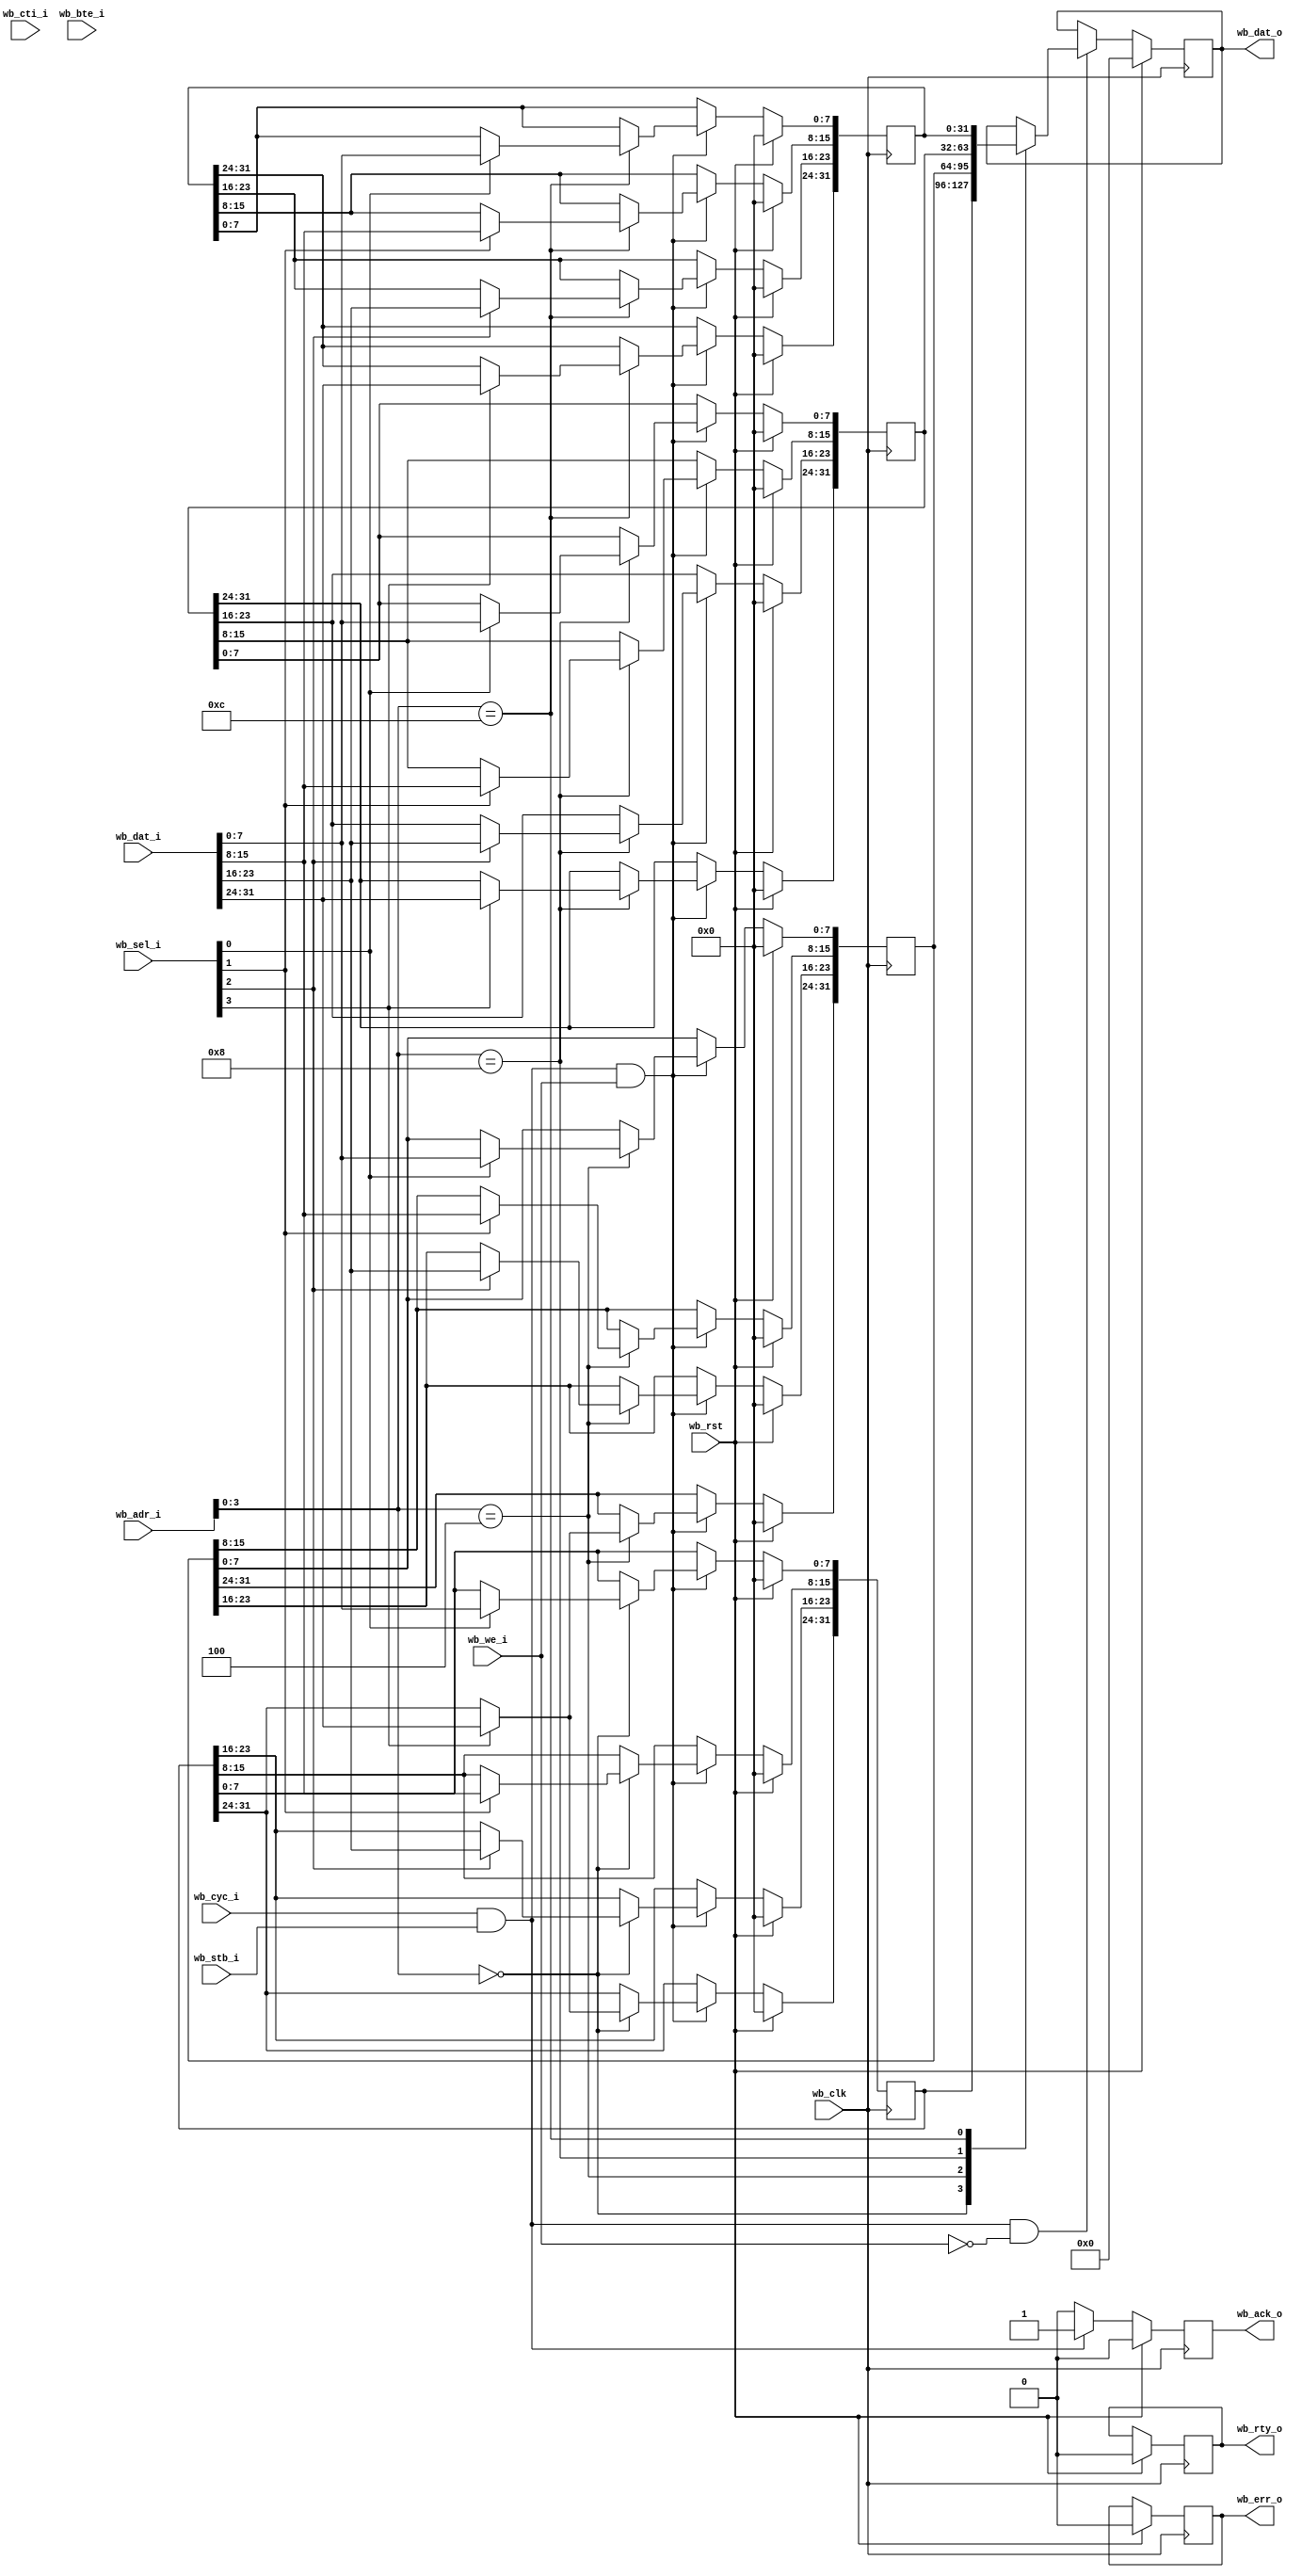
module testing_wb_slave (/*AUTOARG*/
   // Outputs
   wb_dat_o, wb_ack_o, wb_err_o, wb_rty_o,
   // Inputs
   wb_clk, wb_rst, wb_adr_i, wb_dat_i, wb_sel_i, wb_we_i, wb_cyc_i,
   wb_stb_i, wb_cti_i, wb_bte_i
   ) ;
   parameter dw = 32;
   parameter aw = 32;
   parameter DEBUG = 0;
   
   input                  wb_clk;
   input                  wb_rst;
   input [aw-1:0]         wb_adr_i;
   input [dw-1:0]         wb_dat_i;
   input [3:0]            wb_sel_i;
   input                  wb_we_i;
   input                  wb_cyc_i;
   input                  wb_stb_i;
   input [2:0]            wb_cti_i;
   input [1:0]            wb_bte_i;
   output reg [dw-1:0]    wb_dat_o;
   output reg             wb_ack_o;
   output reg             wb_err_o;
   output reg             wb_rty_o;

   reg [dw-1:0]           slave_reg0;
   reg [dw-1:0]           slave_reg1;
   reg [dw-1:0]           slave_reg2;
   reg [dw-1:0]           slave_reg3;

   reg [aw-1:0]           addr_reg;
   reg [dw-1:0]           data_reg;
   
   
   always @(posedge wb_clk)
     if (wb_rst) begin
        wb_ack_o <= 1'b0;
        wb_err_o <= 1'b0;
        wb_rty_o <= 1'b0;  
        addr_reg <= 32'b0;
        data_reg <= 32'b0;
        
     end else begin
        if (wb_cyc_i & wb_stb_i) begin
           addr_reg <= wb_adr_i;
           data_reg <= wb_dat_i;
           wb_ack_o <= 1;           
        end else begin
           wb_ack_o <= 0;           
        end
           
        
     end
   
   //
   // Register Write Logic
   //
   always @(posedge wb_clk)
     if (wb_rst) begin
        slave_reg0 <= 32'b0;
        slave_reg1 <= 32'b0;
        slave_reg2 <= 32'b0;
        slave_reg3 <= 32'b0;        
     end else begin
        if (wb_cyc_i & wb_stb_i & wb_we_i) begin
           case (wb_adr_i[3:0])
             4'h0: begin
                slave_reg0[7:0]   <= wb_sel_i[0] ? wb_dat_i[7:0]   : slave_reg0[7:0];                
                slave_reg0[15:8]  <= wb_sel_i[1] ? wb_dat_i[15:8]  : slave_reg0[15:8];                               
                slave_reg0[23:16] <= wb_sel_i[2] ? wb_dat_i[23:16] : slave_reg0[23:16];
                slave_reg0[31:24] <= wb_sel_i[3] ? wb_dat_i[31:24] : slave_reg0[31:24];
                
             end
             4'h4:begin
                slave_reg1[7:0]   <= wb_sel_i[0] ? wb_dat_i[7:0]   : slave_reg1[7:0];                
                slave_reg1[15:8]  <= wb_sel_i[1] ? wb_dat_i[15:8]  : slave_reg1[15:8];               
                slave_reg1[23:16] <= wb_sel_i[2] ? wb_dat_i[23:16] : slave_reg1[23:16];                
                slave_reg1[31:24] <= wb_sel_i[3] ? wb_dat_i[31:24] : slave_reg0[31:24];                
             end
             4'h8:begin
                slave_reg2[7:0]   <= wb_sel_i[0] ? wb_dat_i[7:0]   : slave_reg2[7:0];                                               
                slave_reg2[15:8]  <= wb_sel_i[1] ? wb_dat_i[15:8]  : slave_reg2[15:8];                
                slave_reg2[23:16] <= wb_sel_i[2] ? wb_dat_i[23:16] : slave_reg2[23:16]; 
                slave_reg2[31:24] <= wb_sel_i[3] ? wb_dat_i[31:24] : slave_reg2[31:24];                
             end 
             4'hC:begin
                slave_reg3[7:0]   <= wb_sel_i[0] ? wb_dat_i[7:0]   : slave_reg3[7:0];                
                slave_reg3[15:8]  <= wb_sel_i[1] ? wb_dat_i[15:8]  : slave_reg3[15:8];                
                slave_reg3[23:16] <= wb_sel_i[2] ? wb_dat_i[23:16] : slave_reg3[23:16]; 
                slave_reg3[31:24] <= wb_sel_i[3] ? wb_dat_i[31:24] : slave_reg3[31:24];               
             end 
           endcase // case (wb_adr_i[3:0])
        end // if (wb_cyc_i & wb_stb_i & wb_we_i)        
     end // else: !if(wb_rst)
   
   //
   // Register Read Logic
   //
   always @(posedge wb_clk)
     if (wb_rst) begin
        wb_dat_o <= 32'b0;        
     end else begin
        if (wb_cyc_i & wb_stb_i & ~wb_we_i) begin
           case (wb_adr_i[3:0])
             4'h0: wb_dat_o <= slave_reg0;
             4'h4: wb_dat_o <= slave_reg1;
             4'h8: wb_dat_o <= slave_reg2;
             4'hC: wb_dat_o <= slave_reg3;
           endcase // case (wb_adr_i[3:0])           
        end
     end
   
endmodule